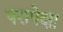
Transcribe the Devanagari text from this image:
परापेक्षा